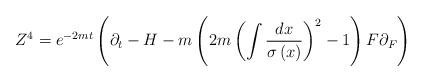
LaTeX: \begin{align*}Z^{4}=e^{-2mt}\left( \partial _{t}-H-m\left( 2m\left( \int \frac{dx}{\sigma\left( x\right) }\right) ^{2}-1\right) F\partial _{F}\right)\end{align*}